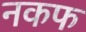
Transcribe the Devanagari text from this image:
नकफ